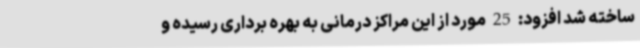
ساخته شد افزود: 25 مورد از این مراکز درمانی به بهره برداری رسیده و